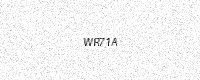
Text: WR71A